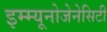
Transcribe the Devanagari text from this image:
इम्म्यूनोजेनेसिटी